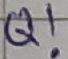
Text: Q!